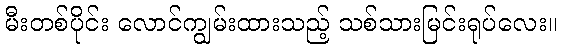
မီးတစ်ပိုင်း လောင်ကျွမ်းထားသည့် သစ်သားမြင်းရုပ်လေး။